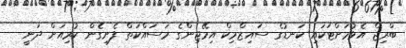
ބްރިޖް އެޅުމަށްޓަކައި ކަނޑުގެ ސައިޒްމިކް އިމޭޖިންގެ މަސައްކަތް ފެށިގެން ކުރިއަށް ދަނީ --